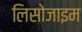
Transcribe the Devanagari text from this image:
लिसोजाइम